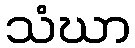
သံဃာ